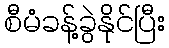
စီမံခန့်ခွဲနိုင်ပြီး